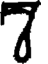
7